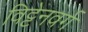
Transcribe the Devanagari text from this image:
विट्टेनवर्ग